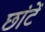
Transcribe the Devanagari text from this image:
छांटें